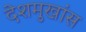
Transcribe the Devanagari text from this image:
देशमुखांस